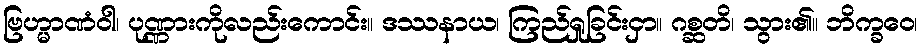
ဗြဟ္မာဏံဝါ၊ ပုဏ္ဏားကိုလည်းကောင်း။ ဒဿနာယ၊ ကြည်ရှုခြင်းငှာ။ ဂစ္ဆတိ၊ သွား၏။ ဘိက္ခဝေ၊